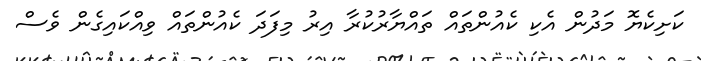
ކަށިކެޔޮ މަދުން އެކި ކެއުންތައް ތައްޔާރުކުރާ އިރު މިފަދަ ކެއުންތައް ވިއްކައިގެން ވެސް